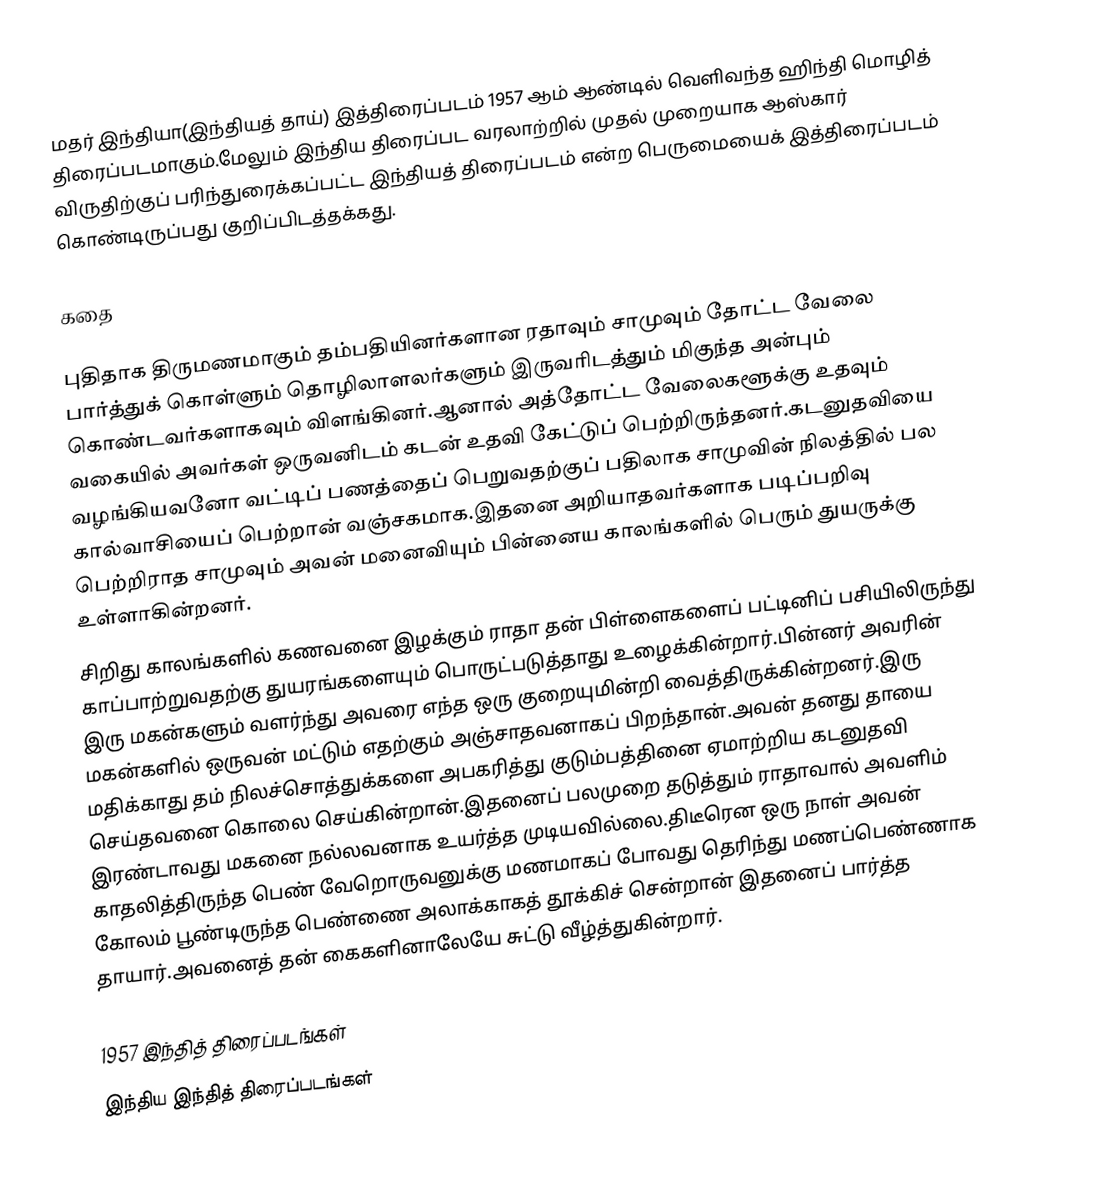
மதர் இந்தியா(இந்தியத் தாய்)  இத்திரைப்படம் 1957 ஆம் ஆண்டில் வெளிவந்த ஹிந்தி மொழித் திரைப்படமாகும்.மேலும் இந்திய திரைப்பட வரலாற்றில் முதல் முறையாக ஆஸ்கார் விருதிற்குப் பரிந்துரைக்கப்பட்ட இந்தியத் திரைப்படம் என்ற பெருமையைக் இத்திரைப்படம் கொண்டிருப்பது குறிப்பிடத்தக்கது.

கதை

புதிதாக திருமணமாகும் தம்பதியினர்களான ரதாவும் சாமுவும் தோட்ட வேலை பார்த்துக் கொள்ளும் தொழிலாளலர்களும் இருவரிடத்தும் மிகுந்த அன்பும் கொண்டவர்களாகவும் விளங்கினர்.ஆனால் அத்தோட்ட வேலைகளூக்கு உதவும் வகையில் அவர்கள் ஒருவனிடம் கடன் உதவி கேட்டுப் பெற்றிருந்தனர்.கடனுதவியை வழங்கியவனோ வட்டிப் பணத்தைப் பெறுவதற்குப் பதிலாக சாமுவின் நிலத்தில் பல கால்வாசியைப் பெற்றான் வஞ்சகமாக.இதனை அறியாதவர்களாக படிப்பறிவு பெற்றிராத சாமுவும் அவன் மனைவியும் பின்னைய காலங்களில் பெரும் துயருக்கு உள்ளாகின்றனர்.
சிறிது காலங்களில் கணவனை இழக்கும் ராதா தன் பிள்ளைகளைப் பட்டினிப் பசியிலிருந்து காப்பாற்றுவதற்கு துயரங்களையும் பொருட்படுத்தாது உழைக்கின்றார்.பின்னர் அவரின் இரு மகன்களும் வளர்ந்து அவரை எந்த ஒரு குறையுமின்றி வைத்திருக்கின்றனர்.இரு மகன்களில் ஒருவன் மட்டும் எதற்கும் அஞ்சாதவனாகப் பிறந்தான்.அவன் தனது தாயை மதிக்காது தம் நிலச்சொத்துக்களை அபகரித்து குடும்பத்தினை ஏமாற்றிய கடனுதவி செய்தவனை கொலை செய்கின்றான்.இதனைப் பலமுறை தடுத்தும் ராதாவால் அவளிம் இரண்டாவது மகனை நல்லவனாக உயர்த்த முடியவில்லை.திடீரென ஒரு நாள் அவன் காதலித்திருந்த பெண் வேறொருவனுக்கு மணமாகப் போவது தெரிந்து மணப்பெண்ணாக கோலம் பூண்டிருந்த பெண்ணை அலாக்காகத் தூக்கிச் சென்றான் இதனைப் பார்த்த தாயார்.அவனைத் தன் கைகளினாலேயே சுட்டு வீழ்த்துகின்றார்.

1957 இந்தித் திரைப்படங்கள்
இந்திய இந்தித் திரைப்படங்கள்